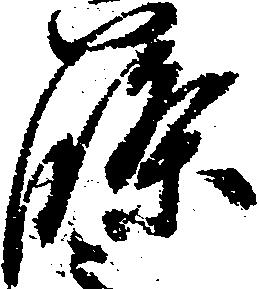
篠